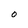
Character: o